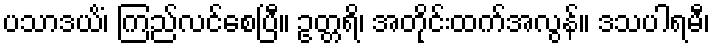
ပသာဒယိံ၊ ကြည်လင်စေပြီ။ ဥတ္တရိ၊ အတိုင်းထက်အလွန်။ ဒသပါရမီ၊